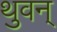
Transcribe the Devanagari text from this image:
थुवन्